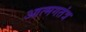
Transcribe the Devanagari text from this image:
आत्मगतंत्र